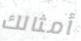
أمثالك